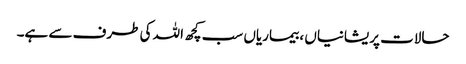
حالات پریشانیاں ، بیماریاں سب کچھ اللہ کی طرف سے ہے۔